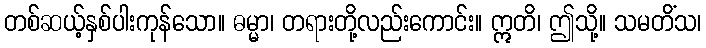
တစ်ဆယ့်နှစ်ပါးကုန်သော။ ဓမ္မာ၊ တရားတို့လည်းကောင်း။ ဣတိ၊ ဤသို့။ သမတိံသ၊